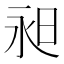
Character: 昶